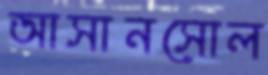
আসানসোল